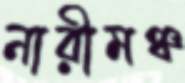
নারীমঞ্চ